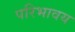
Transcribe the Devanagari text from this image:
परिभावय